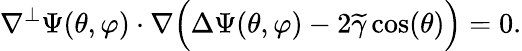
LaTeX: \nabla^{\perp}\Psi(\theta,\varphi)\cdot\nabla\Big(\Delta\Psi(\theta,\varphi)-2\widetilde{\gamma}\cos(\theta)\Big)=0.